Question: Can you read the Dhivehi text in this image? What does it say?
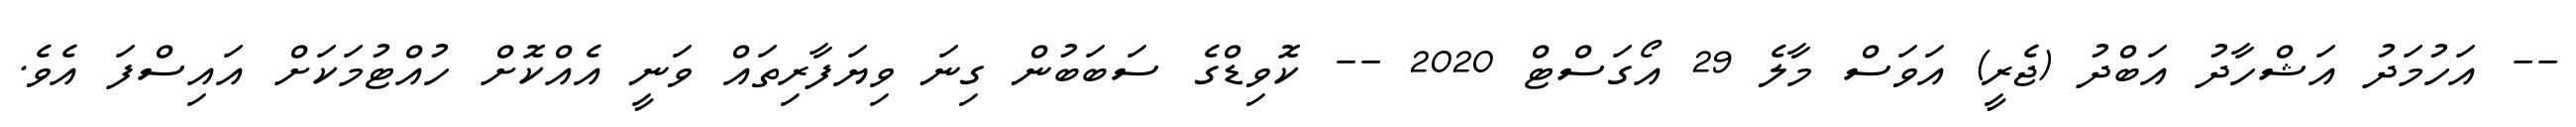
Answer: -- އަހުމަދު އަޝްހާދު އަބްދު (ޖެރީ) އަވަސް މާލެ 29 އޯގަސްޓް 2020 -- ކޮވިޑްގެ ސަބަބުން ގިނަ ވިޔަފާރިތައް ވަނީ އެއްކޮށް ހުއްޓުމަކަށް އައިސްފަ އެވެ.